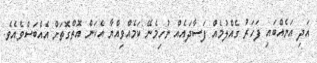
އަދި އަނެއްބައި ފަހަރު ގެއްލުމެއް ފަސާދައެއް ނުހިމެނޭ ކަމެއްވިއްޔާ އެކަން އޮތްގޮތަށް އެއްބަސްވެއެވެ.